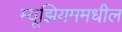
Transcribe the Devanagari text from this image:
म्यूझियममधील